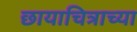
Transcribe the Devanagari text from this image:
छायाचित्राच्या